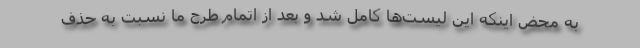
به محض اینکه این لیست‌ها کامل شد و بعد از اتمام طرح ما نسبت به حذف